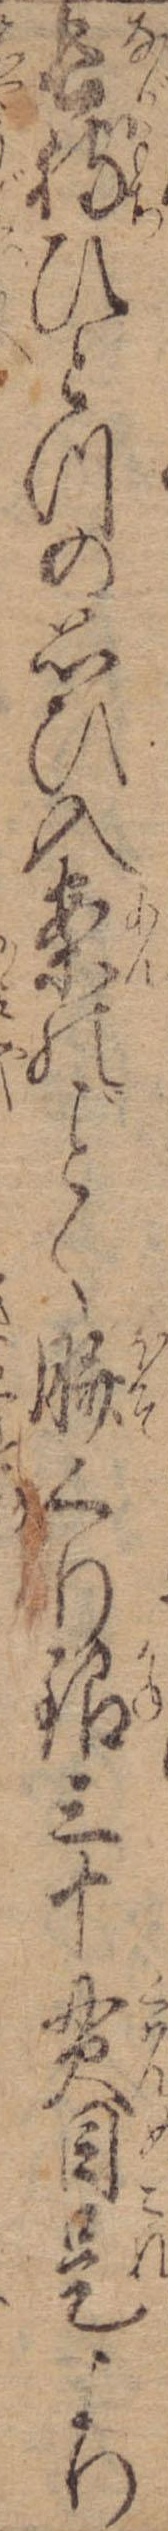
長持ひとつの思ひ入案のく臍くり銀三十貫目是より